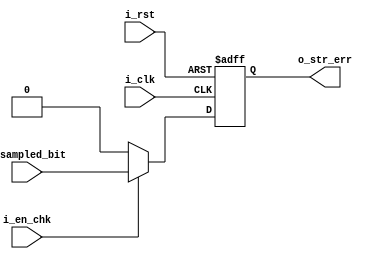
module rx_str_chk(
    input i_clk , i_rst , i_en_chk, 
    input i_sampled_bit, 
    output reg o_str_err 
);


    always @(posedge i_clk or negedge i_rst)
        begin
            if(~i_rst)
                begin
                    o_str_err <= 1'b0; 
                end 
            else 
                begin 
                    if(i_en_chk)
                        o_str_err <= i_sampled_bit; 
                    else 
                        o_str_err <= 1'b0; 
                end  
        end 


endmodule